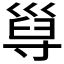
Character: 𡬸